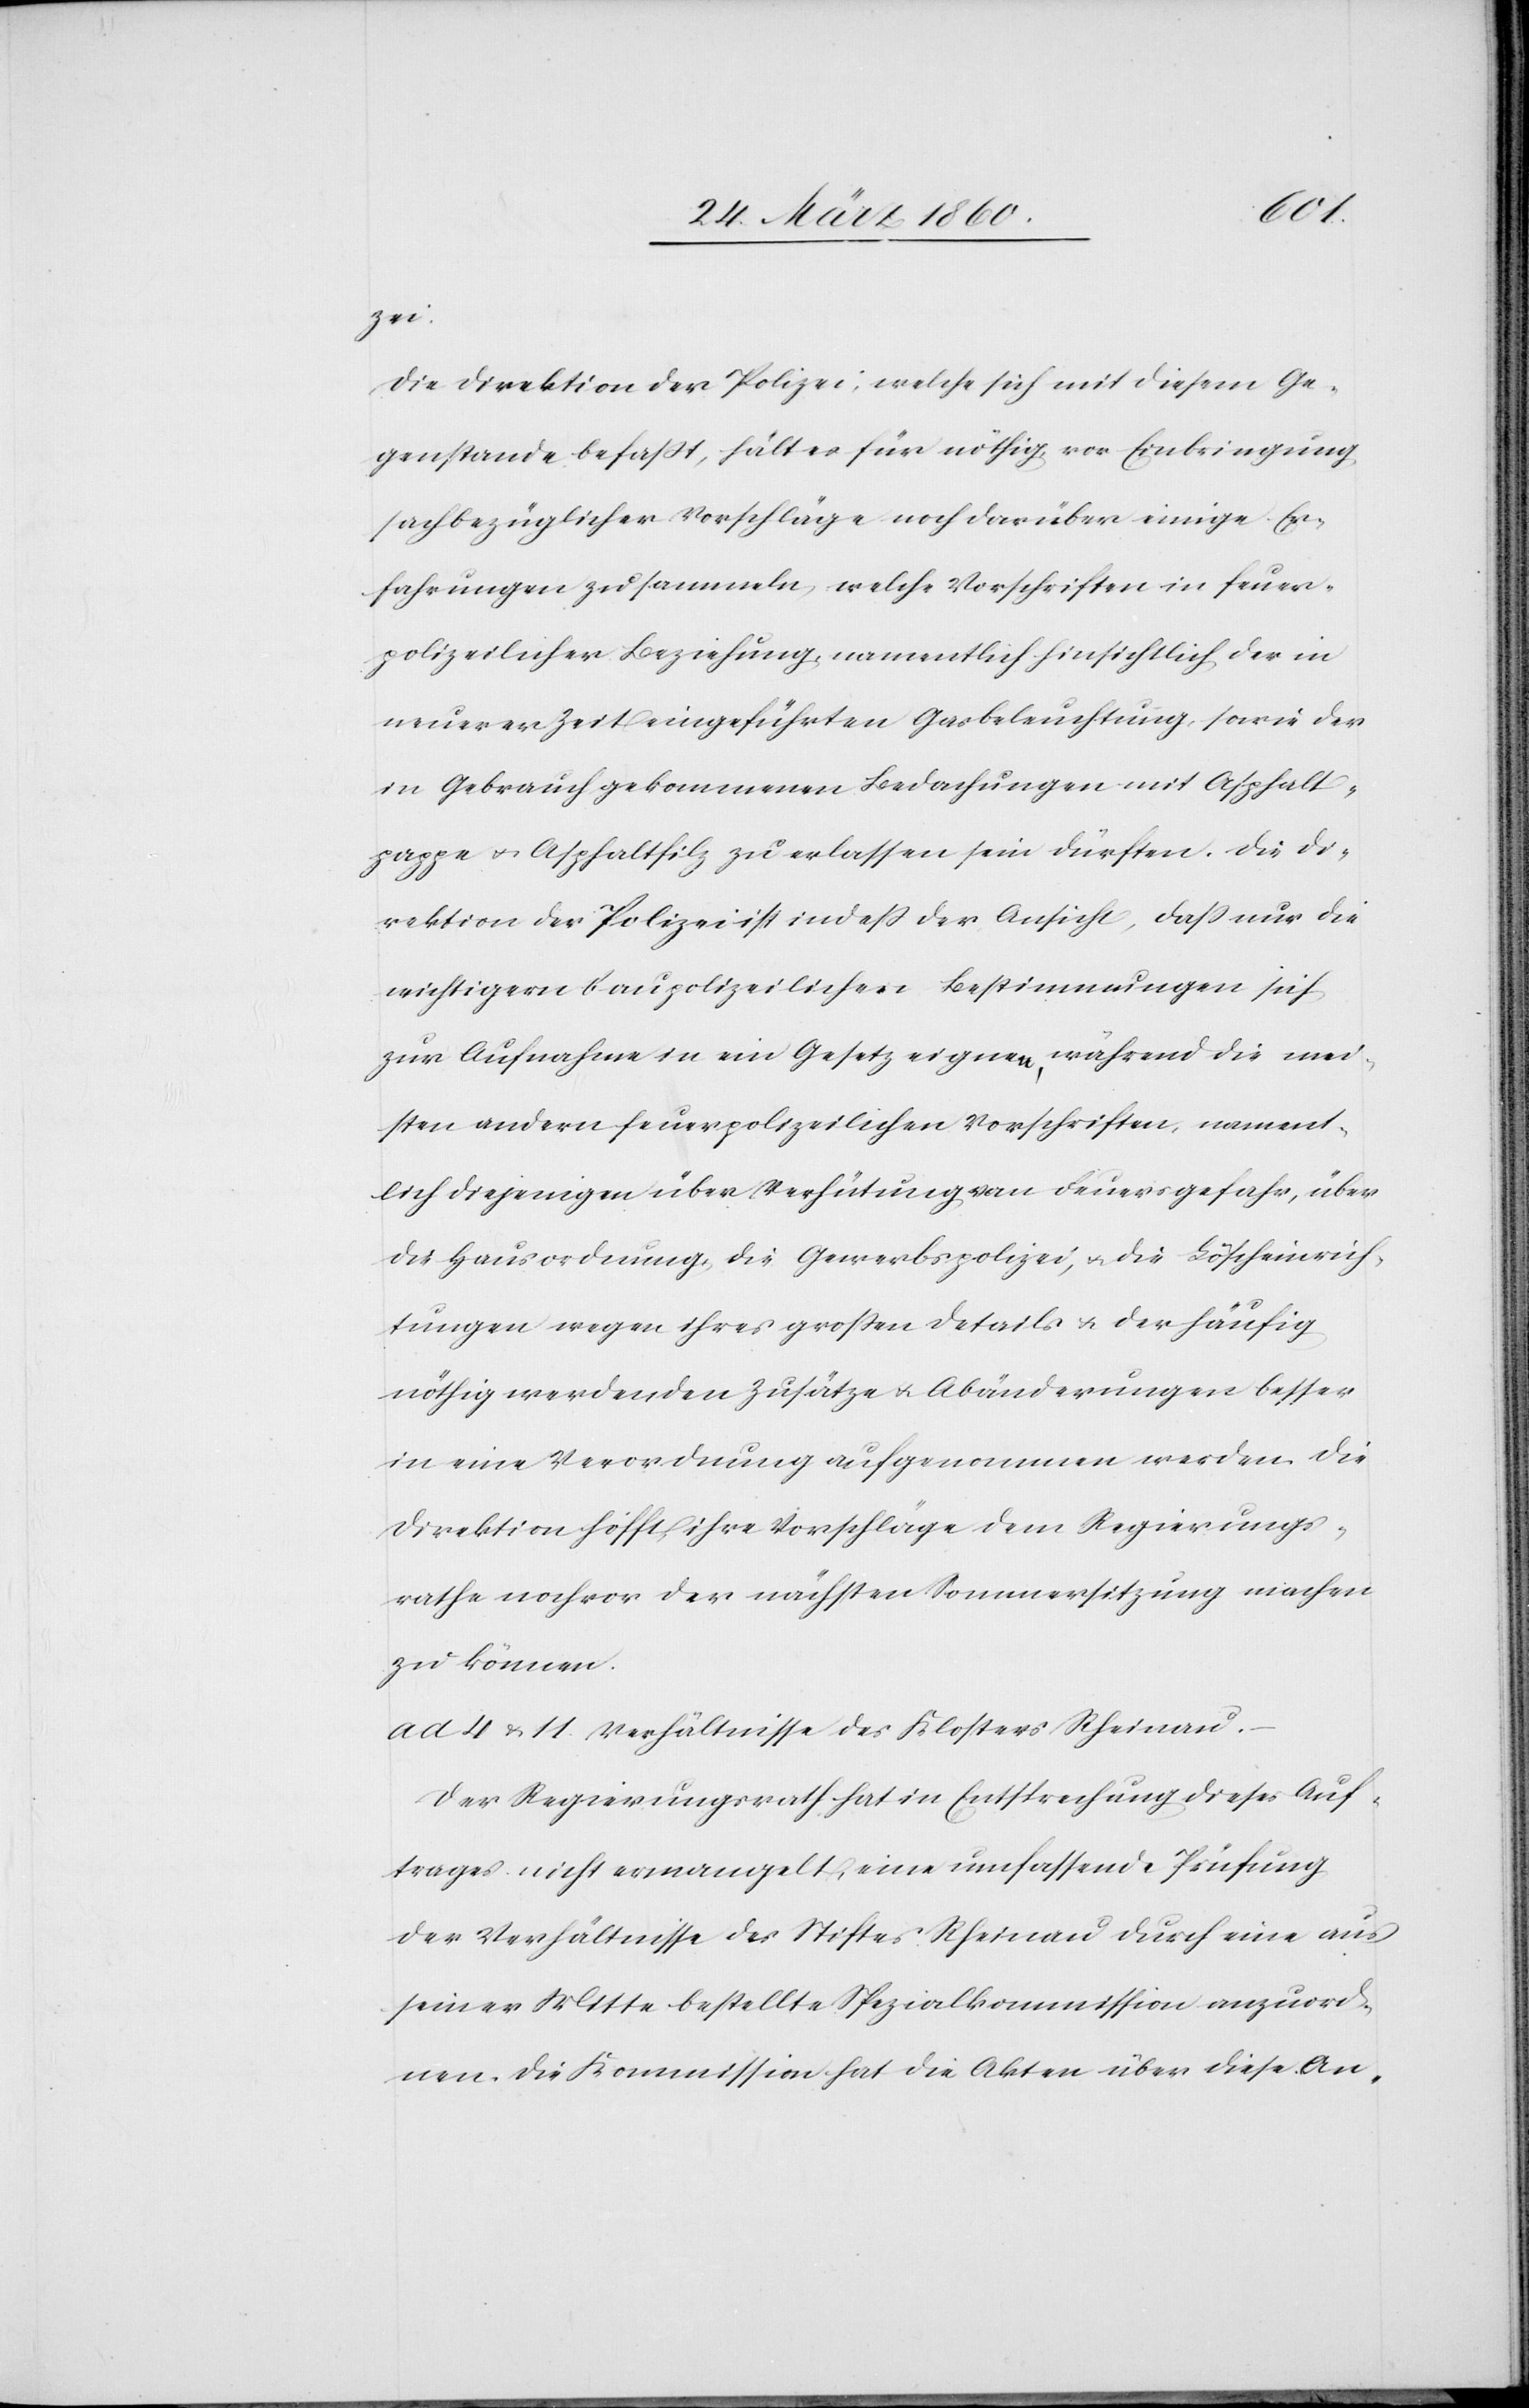
zei.
Die Direktion der Polizei, welche sich mit diesem Ge¬
genstande befaßt, hält er für nöthig vor Einbringung
sachbezüglicher Vorschläge noch darüber einige Er¬
fahrungen zu sammeln, welche Vorschriften in feuer¬
polizeilicher Beziehung, namentlich hinsichtlich der in
neuerer Zeit eingeführten Gasbeleuchtung, sowie der
in Gebrauch gekommenen Bedachungen mit Asphalt¬
pappe u. Asphaltfilz zu erlassen sein dürften. Die Di¬
rektion der Polizei ist indess der Ansicht, dass nur die
wichtigen baupolizeilichen Bestimmungen sich
zur Aufnahme in ein Gesetz eignen, während die mei¬
sten andern feuerpolizeilichen Vorschriften, nament¬
lich diejenigen über Verhütung von Feuersgefahr, über
die Hausordnung, die Gewerbspolizei, u. die Löscheinrich¬
tungen wegen ihres grossen Details u. der häufig
nöthig werdenden Zusätze u. Abänderungen besser
in eine Verordnung aufgenommen werden. Die
Direktion hofft ihre Vorschläge dem Regierungs¬
rathe noch vor der nächsten Sommersitzung machen
zu können.
ad 4 u. 11. Verhältnisse des Klosters Rheinau.
Der Regierungsrath hat in Entsprechung dieses Auf¬
trages nicht ermangelt, eine umfassende Prüfung
der Verhältnisse des Stiftes Rheinau durch eine aus
seiner Mitte bestellte Spezialkommission anzuord¬
nen. Die Kommission hat die Akten über diese An-